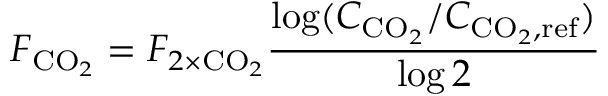
F _ { \mathrm { C O } _ { 2 } } = F _ { 2 \times \mathrm { C O } _ { 2 } } \frac { \log ( C _ { \mathrm { C O } _ { 2 } } / C _ { \mathrm { C O } _ { 2 } , \mathrm { r e f } } ) } { \log 2 }